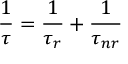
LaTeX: { \frac { 1 } { \tau } } = { \frac { 1 } { \tau _ { r } } } + { \frac { 1 } { \tau _ { n r } } }